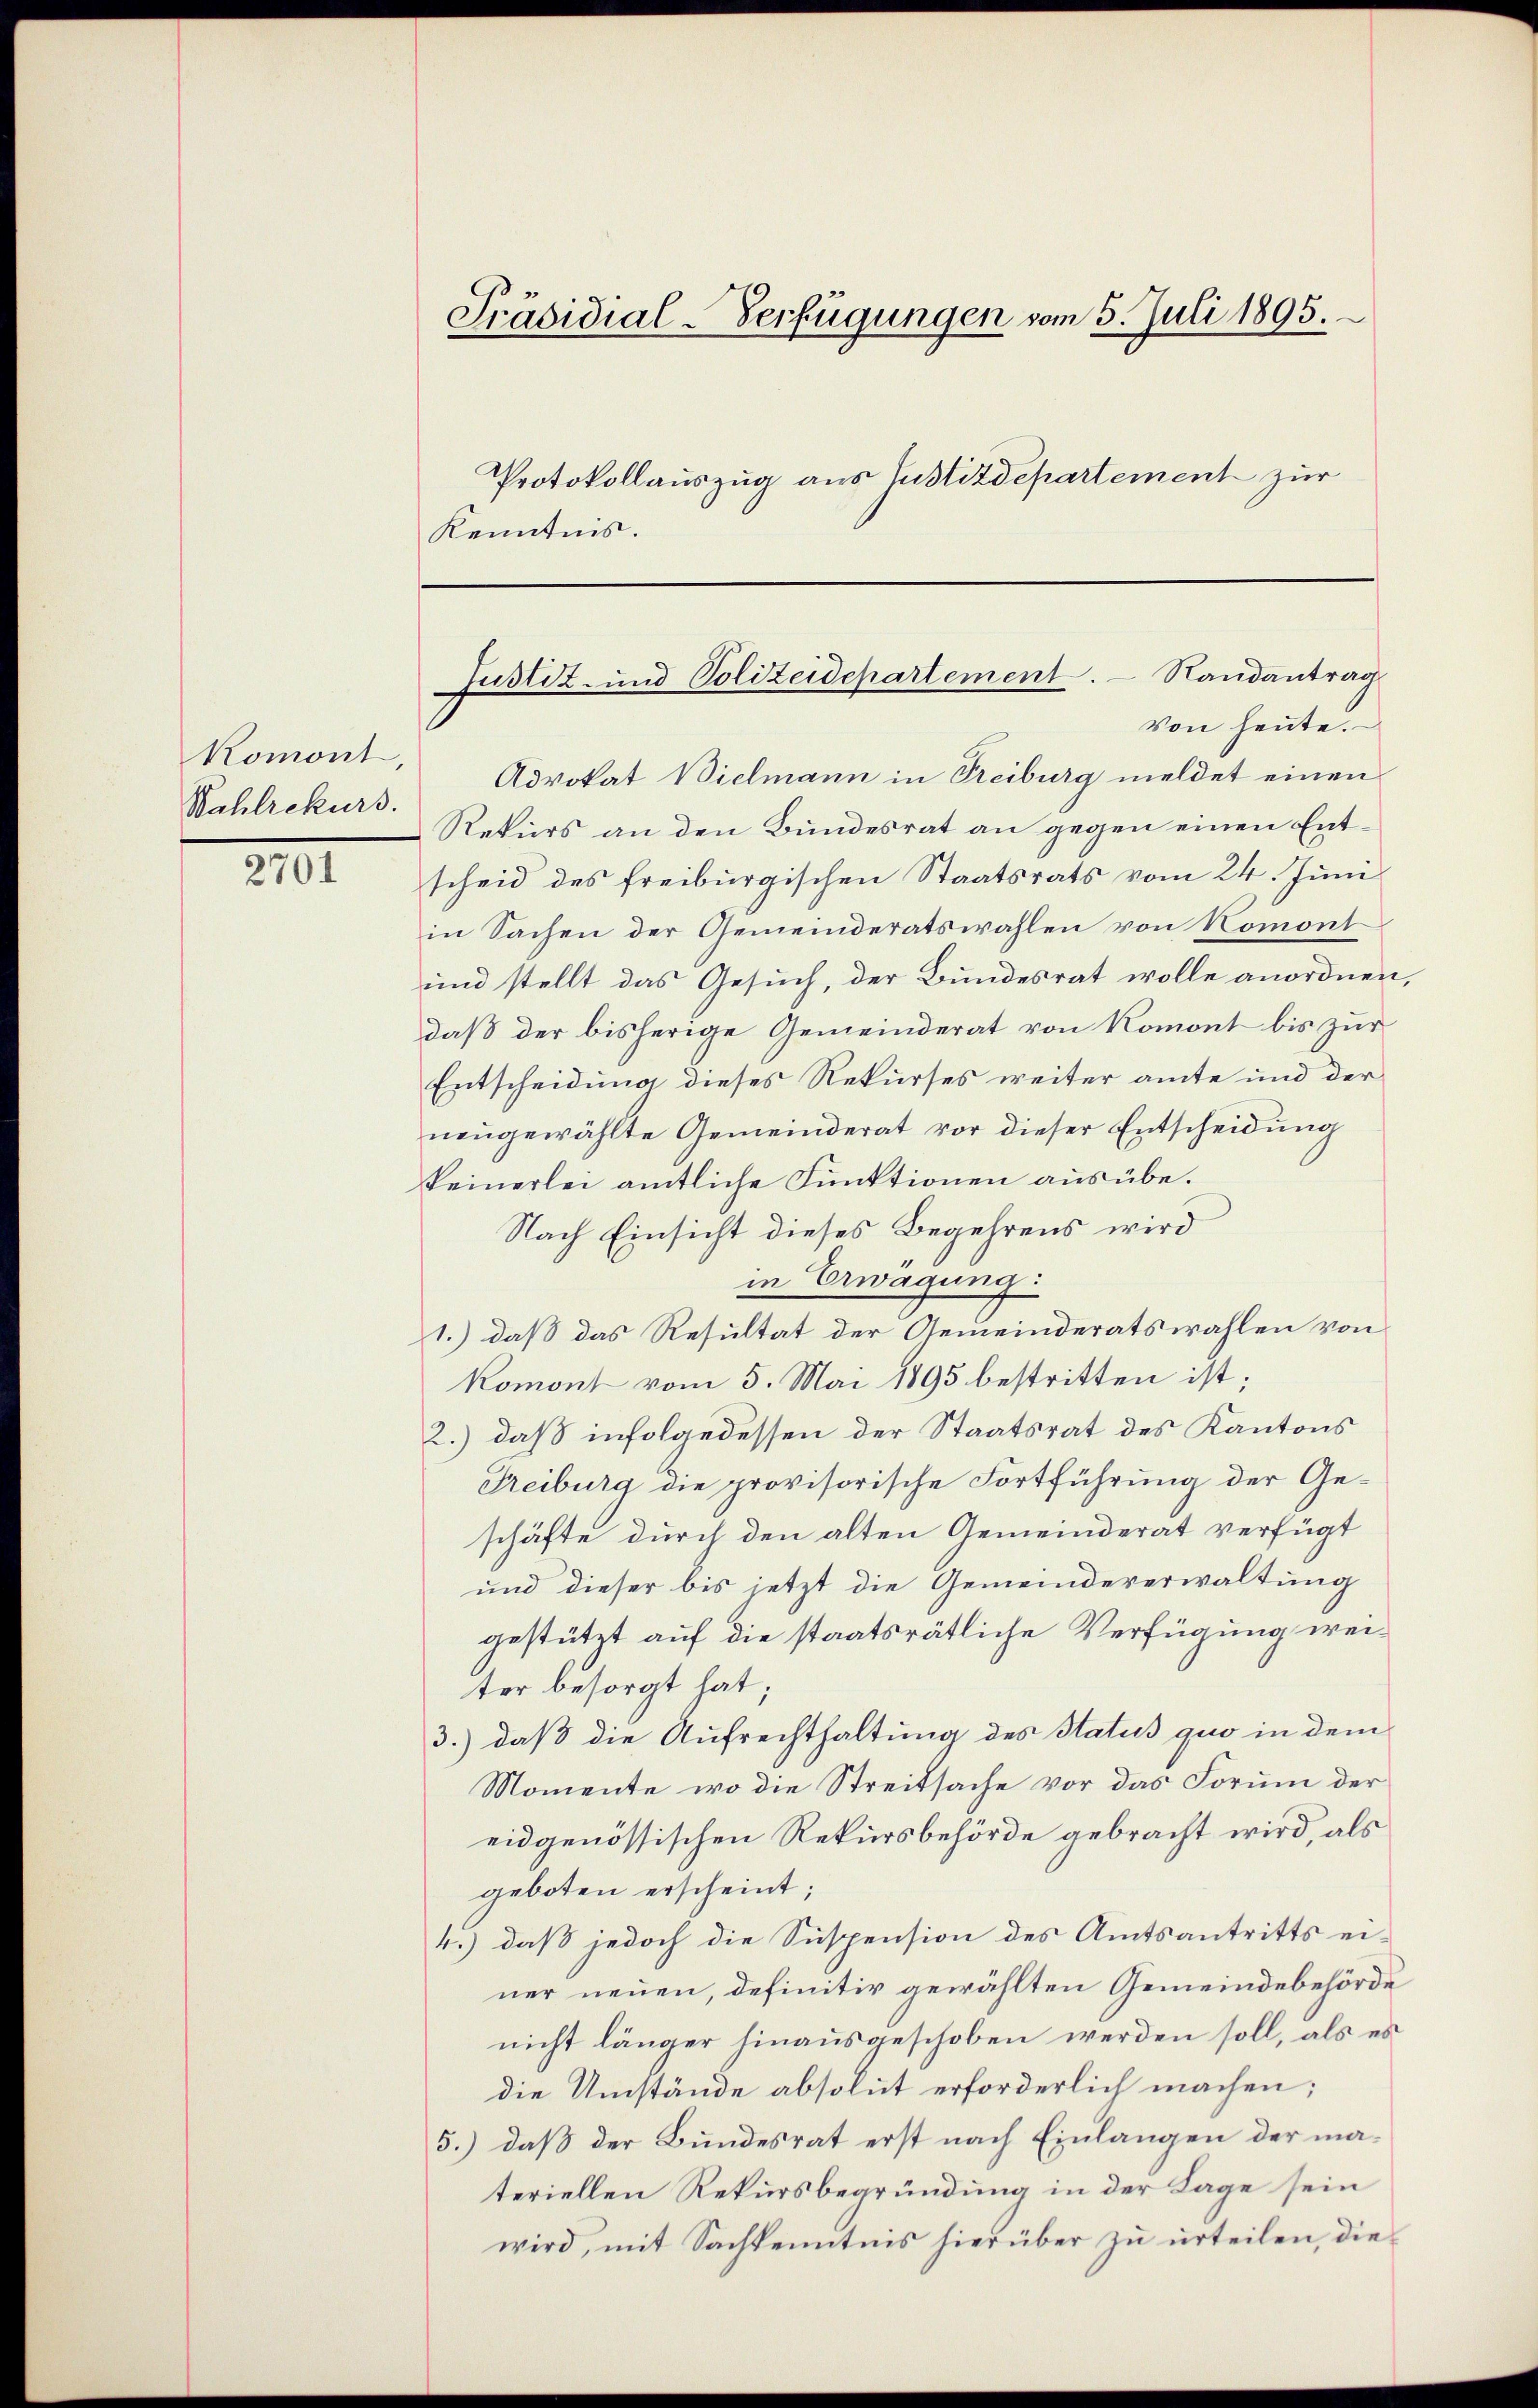
Komont,
Nahlrekurs.

2701

Präsidial-Verfügungen vom 5. Juli 1895.
Protokollauszug aus Justizdepartement zur
Kenntnis.

Advokat Bielmann in Freiburg meldet einen
Rekurs an den Bundesrat an gegen einen Entscheid des freiburgischen Staatsrats vom 24. Juni
in Sachen der Gemeinderatswahlen von Nomont
und stellt das Gesuch, der Bundesrat wolle anordnen,
daß der bisherige Gemeinderat von Romont bis zur
Entscheidung dieses Rekurses weiter amte und der
neugewählte Gemeinderat vor dieser Entscheidung
keinerlei amtliche Funktionen aus übe¬
Nach Einsicht dieses Begehrens wird
in Erwägung:
1.) daß das Resultat der Gemeinderatswahlen von
Komont vom 5. Mai 1895 bestritten ist;
2.) daß infolgedessen der Staatsrat des Kantons
Treiburg die provisorische Fortführung der Geschäfte durch den alten Gemeinderat verfügt
und dieser bis jetzt die Gemeindeverwaltung
gestützt auf die staatsrätliche Verfügung weiter besorgt hat;
3.) daß die Aufrechthaltung des Hatus quo in dem
Momente, wo die Streitsache vor das Forum der
eidgenössischen Rekursbehörde gebracht wird, als
geboten erscheint;
4.) daß jedoch die Suspension des Amtsantritts ei-
ner neuen, definitiv gewählten Gemeindebehörde
nicht länger hinausgeschoben werden soll, als es
die Umstände absolut erforderlich machen;
5.) daß der Bundesrat erst nach Einlangen der materiellen Rekursbegründung in der Lage sein
wird, mit Sachkenntnis hierüber zu urteilen, die¬

Justiz- und Polizeidepartement. Randantrag
Von heute.